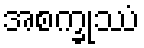
အစက္ခုဿံ